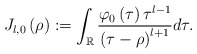
\begin{align*}J_{l,0}\left( \rho\right) :=\int_{\mathbb{R}}\frac{\varphi_{0}\left(\tau\right) \tau^{l-1}}{\left( \tau-\rho\right) ^{l+1}}d\tau.\end{align*}